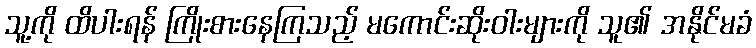
သူ့ကို ထိပါးရန် ကြိုးစားနေကြသည့် မကောင်းဆိုးဝါးများကို သူ၏ အနိုင်မခံ